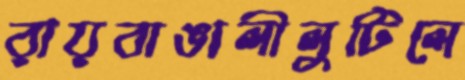
রায়বাঙালীলুটিলে